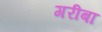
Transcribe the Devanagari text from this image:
गरीबा